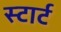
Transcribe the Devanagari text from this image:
स्‍टार्ट